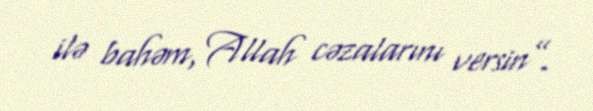
ilə bahəm, Allah cəzalarını versin”.